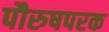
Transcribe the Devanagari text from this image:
पौरुषपरक